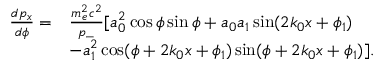
\begin{array} { r l } { \frac { d p _ { x } } { d \phi } = } & { \frac { m _ { e } ^ { 2 } c ^ { 2 } } { p _ { - } } [ a _ { 0 } ^ { 2 } \cos \phi \sin \phi + a _ { 0 } a _ { 1 } \sin ( 2 k _ { 0 } x + \phi _ { 1 } ) } \\ & { - a _ { 1 } ^ { 2 } \cos ( \phi + 2 k _ { 0 } x + \phi _ { 1 } ) \sin ( \phi + 2 k _ { 0 } x + \phi _ { 1 } ) ] . } \end{array}